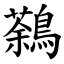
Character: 鷋